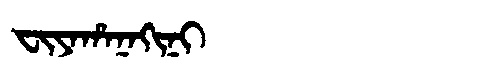
Manchu: ᠸᡳᠶᠠᡥᠠᠨᠠᡴᡳᠨᡳ
Romanization: FIYAHANAKINI